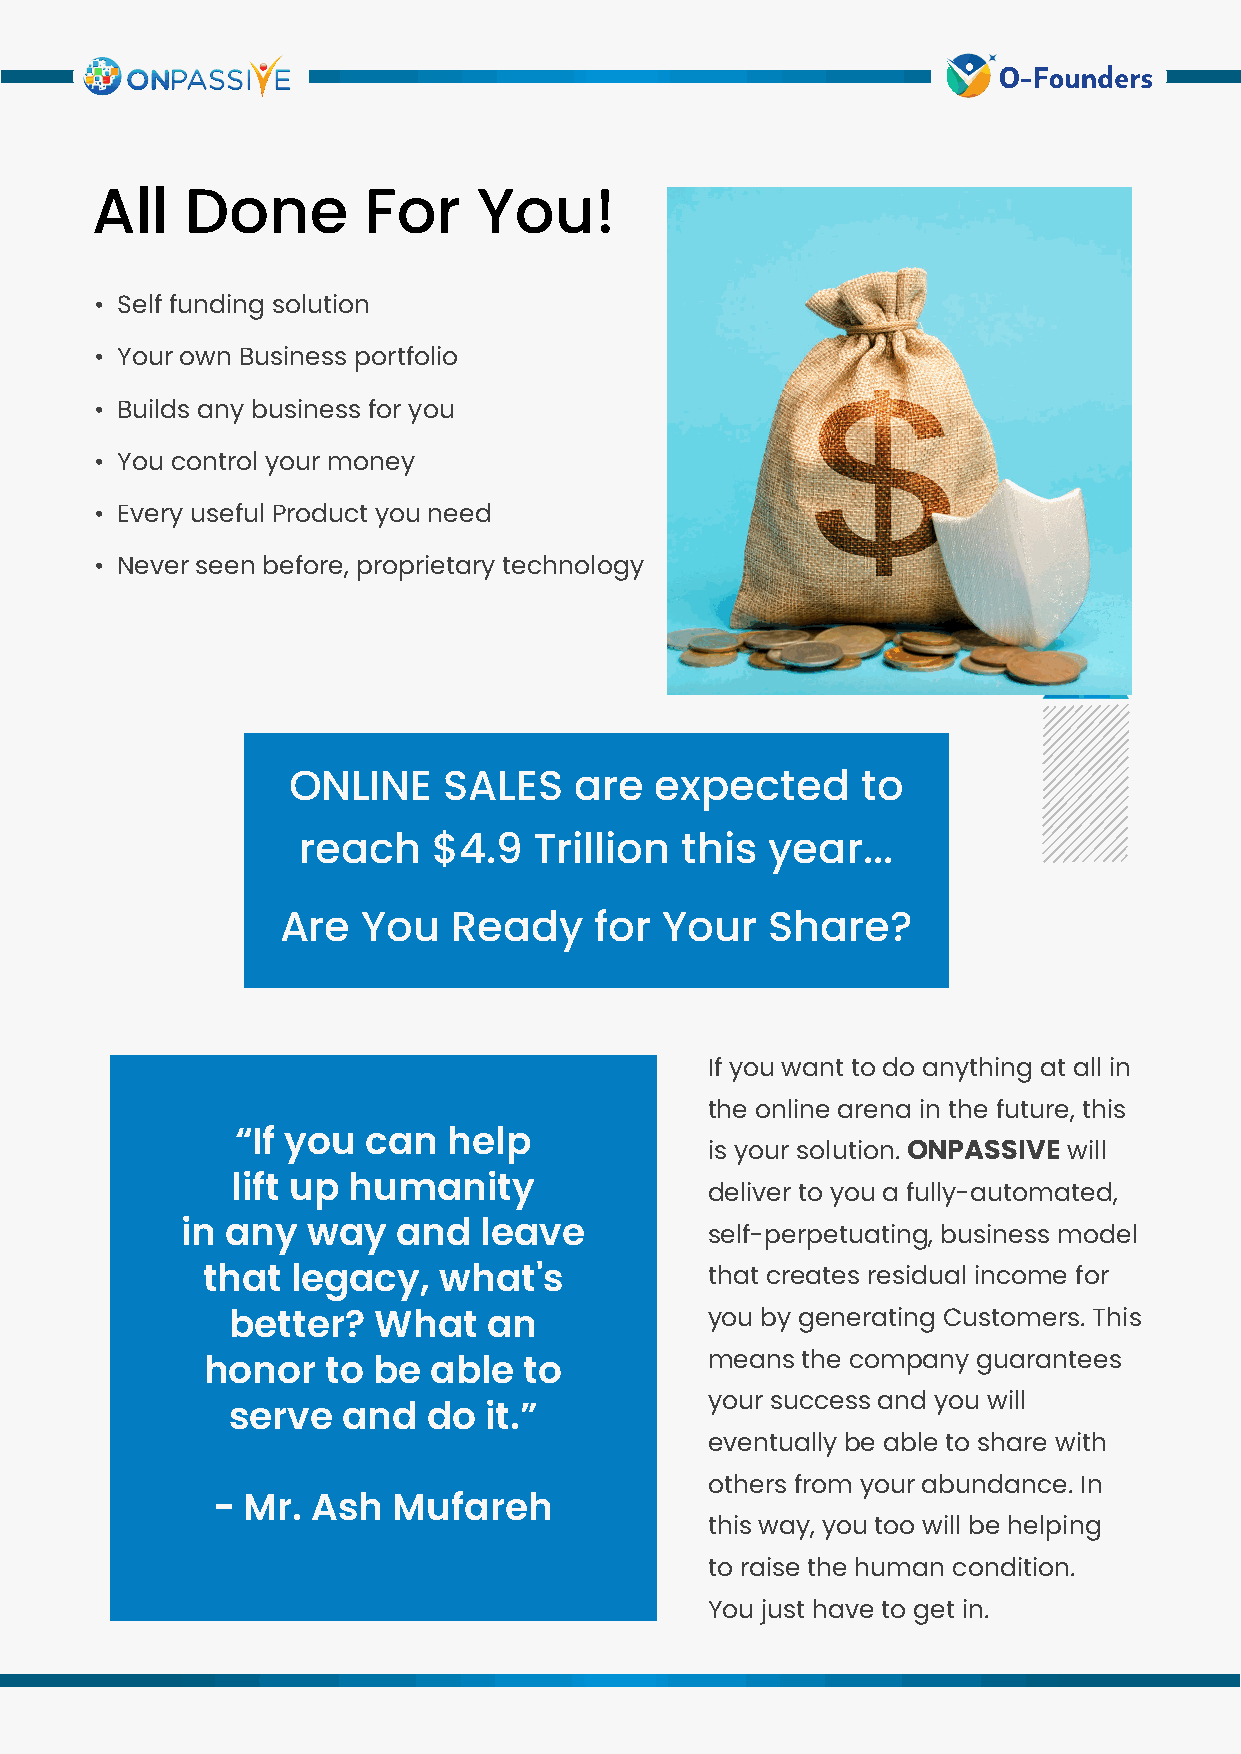
All   Done        For     You!
 • Self funding solution
 • Your own Business portfolio
 • Builds any business for you
 • You control your money
 • Every useful Product you need
 • Never seen before, proprietary technology
 ONLINE    SALES    are  expected      to
 reach    $4.9  Trillion  this  year...
 Are  You   Ready    for  Your   Share?
 If you want to do anything at all in
 the online arena in the future, this
 “If you can   help
 is your solution. ONPASSIVE will
 lift up humanity                deliver to you a fully-automated,
 in any  way   and   leave          self-perpetuating, business model
 that  legacy,   what's            that creates residual income for
 you by generating Customers. This
 better?   What   an
 means the company guarantees
 honor    to be able   to
 your success and you will
 serve   and  do  it.”
 eventually be able to share with
 others from your abundance. In
 - Mr.  Ash  Mufareh
 this way, you too will be helping
 to raise the human condition.
 You just have to get in.